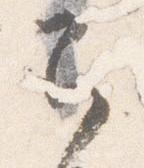
即